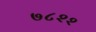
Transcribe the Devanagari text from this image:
७८२२